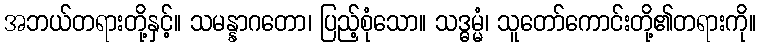
အဘယ်တရားတို့နှင့်။ သမန္နာဂတော၊ ပြည့်စုံသော။ သဒ္ဓမ္မံ၊ သူတော်ကောင်းတို့၏တရားကို။